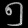
Digit: ၅